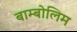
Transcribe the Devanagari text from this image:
बाम्बोलिम